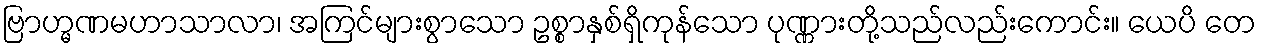
ဗြာဟ္မဏမဟာသာလာ၊ အကြင်များစွာသော ဥစ္စာနှစ်ရှိကုန်သော ပုဏ္ဏားတို့သည်လည်းကောင်း။ ယေပိ တေ